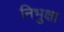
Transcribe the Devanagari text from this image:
निभुक्षा